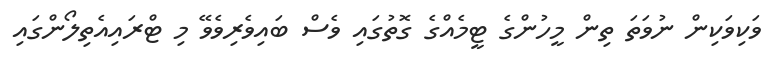
ވަކިވަކިން ނުވަތަ ތިން މީހުންގެ ޓީމެއްގެ ގޮތުގައި ވެސް ބައިވެރިވެވޭ މި ޓްރައިއެތިލޯންގައި